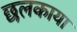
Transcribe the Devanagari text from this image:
छलकाया